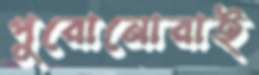
পুরোনোরাই